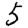
Digit: 5